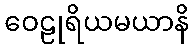
ဝေဠုရိယမယာနိ